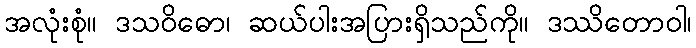
အလုံးစုံ။ ဒသဝိဓော၊ ဆယ်ပါးအပြားရှိသည်ကို။ ဒဿိတောဝါ၊